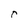
Character: r